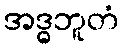
အဒ္ဓဘူတံ